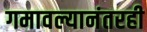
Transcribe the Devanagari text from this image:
गमावल्यानंतरही